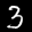
Label: 3